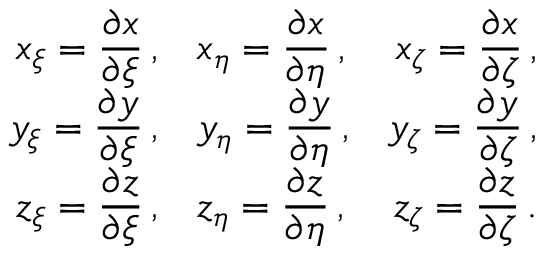
\begin{array} { r l r } { \displaystyle x _ { \xi } = \frac { \partial x } { \partial \xi } \, \mathrm { , } } & { \displaystyle x _ { \eta } = \frac { \partial x } { \partial \eta } \, \mathrm { , } } & { \displaystyle x _ { \zeta } = \frac { \partial x } { \partial \zeta } \, \mathrm { , } } \\ { \displaystyle y _ { \xi } = \frac { \partial y } { \partial \xi } \, \mathrm { , } } & { \displaystyle y _ { \eta } = \frac { \partial y } { \partial \eta } \, \mathrm { , } } & { \displaystyle y _ { \zeta } = \frac { \partial y } { \partial \zeta } \, \mathrm { , } } \\ { \displaystyle z _ { \xi } = \frac { \partial z } { \partial \xi } \, \mathrm { , } } & { \displaystyle z _ { \eta } = \frac { \partial z } { \partial \eta } \, \mathrm { , } } & { \displaystyle z _ { \zeta } = \frac { \partial z } { \partial \zeta } \, \mathrm { . } } \end{array}